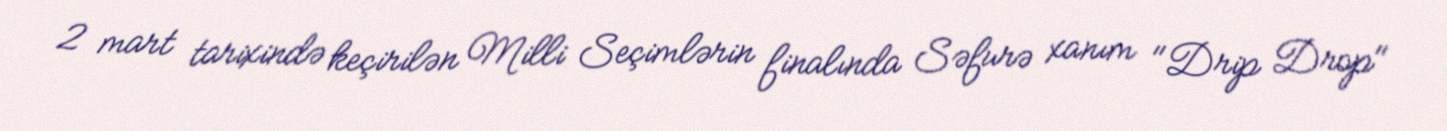
2 mart tarixində keçirilən Milli Seçimlərin finalında Səfurə xanım "Drip Drop"